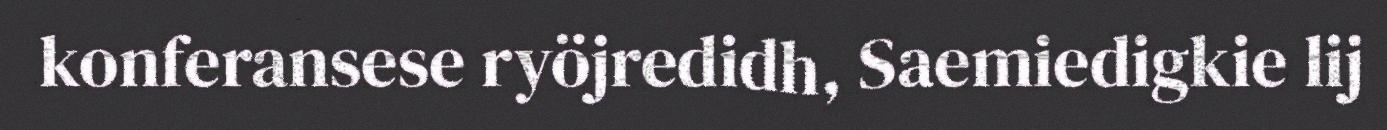
konferansese ryöjredidh, Saemiedigkie lij